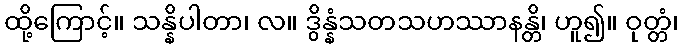
ထို့ကြောင့်။ သန္နိပါတာ၊ လ။ ဒွိန္နံသတသဟဿာနန္တိ၊ ဟူ၍။ ဝုတ္တံ၊